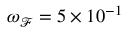
\omega _ { \mathcal { F } } = 5 \times 1 0 ^ { - 1 }